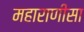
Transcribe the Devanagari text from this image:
महाराणीसा